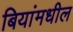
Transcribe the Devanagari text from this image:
बियांमधील